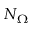
N _ { \Omega }